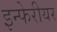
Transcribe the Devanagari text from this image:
इन्फेरीयर